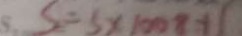
S = S \times 1 0 0 8 + 1